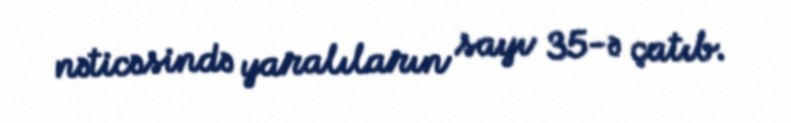
nəticəsində yaralıların sayı 35-ə çatıb.